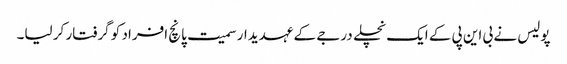
پولیس نے بی این پی کے ایک نچلے درجے کے عہدیدار سمیت پانچ افراد کو گرفتار کر لیا۔